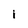
Character: I